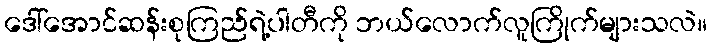
ဒေါ်အောင်ဆန်းစုကြည်ရဲ့ပါတီကို ဘယ်လောက်လူကြိုက်များသလဲ။